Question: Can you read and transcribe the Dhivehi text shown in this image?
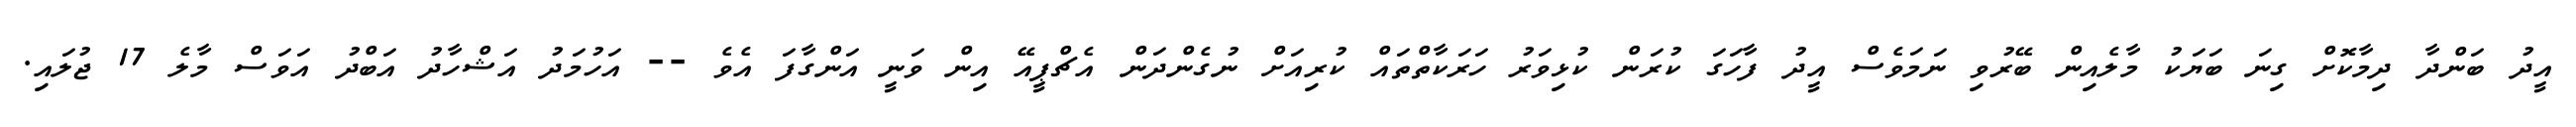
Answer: އީދު ބަންދާ ދިމާކޮށް ގިނަ ބަޔަކު މާލެއިން ބޭރުވި ނަމަވެސް އީދު ފާހަގަ ކުރަން ކުޅިވަރު ހަރަކާތްތައް ކުރިއަށް ނުގެންދަން އެޗްޕީއޭ އިން ވަނީ އަންގާފަ އެވެ -- އަހުމަދު އަޝްހާދު އަބްދު އަވަސް މާލެ 17 ޖުލައި.